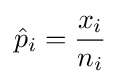
{\hat {p}}_{i}={\frac {x_{i}}{n_{i}}}